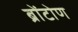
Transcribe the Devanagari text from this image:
ब्रोंटोण